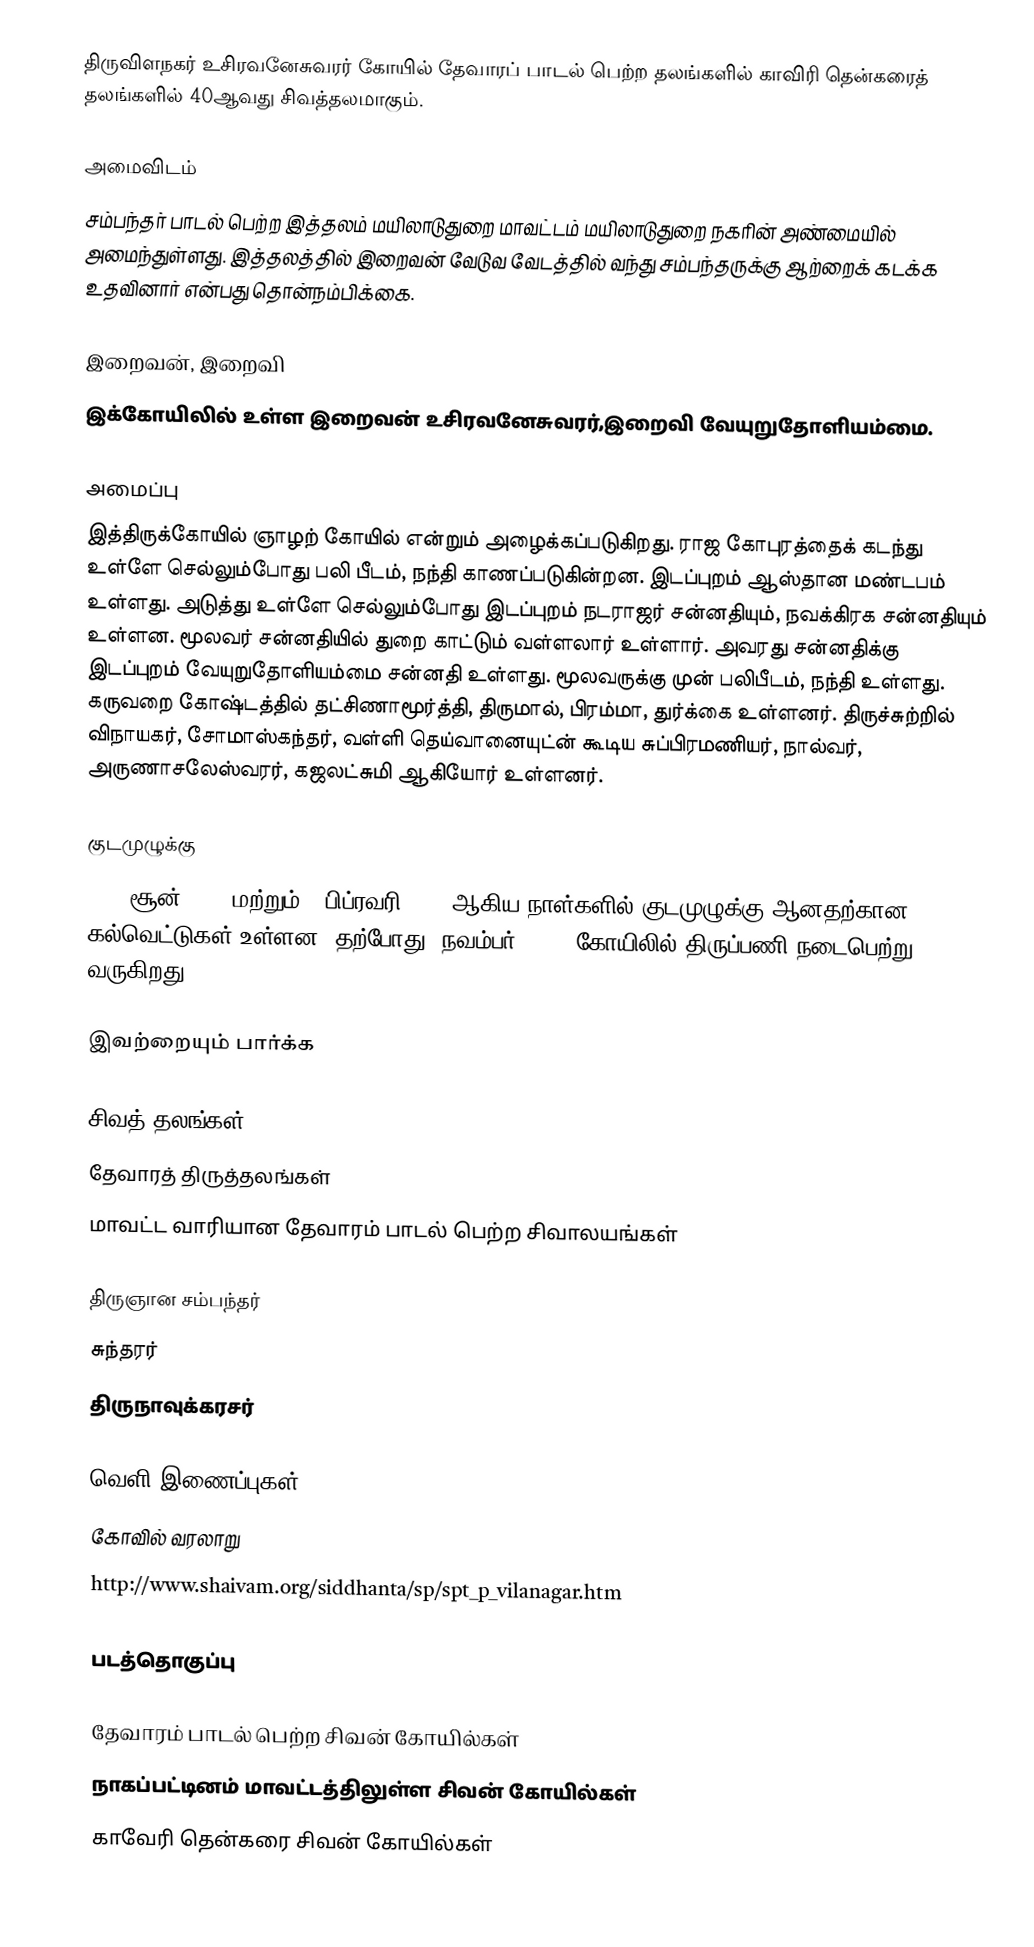
திருவிளநகர் உசிரவனேசுவரர் கோயில் தேவாரப் பாடல் பெற்ற தலங்களில் காவிரி தென்கரைத் தலங்களில் 40ஆவது சிவத்தலமாகும்.

அமைவிடம்
சம்பந்தர் பாடல் பெற்ற இத்தலம் மயிலாடுதுறை மாவட்டம் மயிலாடுதுறை நகரின் அண்மையில் அமைந்துள்ளது. இத்தலத்தில் இறைவன் வேடுவ வேடத்தில் வந்து சம்பந்தருக்கு ஆற்றைக் கடக்க உதவினார் என்பது தொன்நம்பிக்கை.

இறைவன், இறைவி
இக்கோயிலில் உள்ள இறைவன் உசிரவனேசுவரர்,இறைவி வேயுறுதோளியம்மை.

அமைப்பு
இத்திருக்கோயில் ஞாழற் கோயில் என்றும் அழைக்கப்படுகிறது. ராஜ கோபுரத்தைக் கடந்து உள்ளே செல்லும்போது பலி பீடம், நந்தி காணப்படுகின்றன. இடப்புறம் ஆஸ்தான மண்டபம் உள்ளது. அடுத்து உள்ளே செல்லும்போது இடப்புறம் நடராஜர் சன்னதியும், நவக்கிரக சன்னதியும் உள்ளன. மூலவர் சன்னதியில் துறை காட்டும் வள்ளலார் உள்ளார். அவரது சன்னதிக்கு இடப்புறம் வேயுறுதோளியம்மை சன்னதி உள்ளது. மூலவருக்கு முன் பலிபீடம், நந்தி உள்ளது. கருவறை கோஷ்டத்தில் தட்சிணாமூர்த்தி, திருமால், பிரம்மா, துர்க்கை உள்ளனர். திருச்சுற்றில் விநாயகர், சோமாஸ்கந்தர், வள்ளி தெய்வானையுட்ன் கூடிய சுப்பிரமணியர், நால்வர், அருணாசலேஸ்வரர், கஜலட்சுமி ஆகியோர் உள்ளனர்.

குடமுழுக்கு
1929 சூன் 1929 மற்றும் 2 பிப்ரவரி 1959 ஆகிய நாள்களில் குடமுழுக்கு ஆனதற்கான கல்வெட்டுகள் உள்ளன. தற்போது (நவம்பர் 2016) கோயிலில் திருப்பணி நடைபெற்று வருகிறது.

இவற்றையும் பார்க்க

 சிவத் தலங்கள்
 தேவாரத் திருத்தலங்கள்
 மாவட்ட வாரியான தேவாரம் பாடல் பெற்ற சிவாலயங்கள்

 திருஞான சம்பந்தர்
 சுந்தரர்
 திருநாவுக்கரசர்

வெளி இணைப்புகள்
 கோவில் வரலாறு
 http://www.shaivam.org/siddhanta/sp/spt_p_vilanagar.htm

படத்தொகுப்பு

தேவாரம் பாடல் பெற்ற சிவன் கோயில்கள்
நாகப்பட்டினம் மாவட்டத்திலுள்ள சிவன் கோயில்கள்
காவேரி தென்கரை சிவன் கோயில்கள்